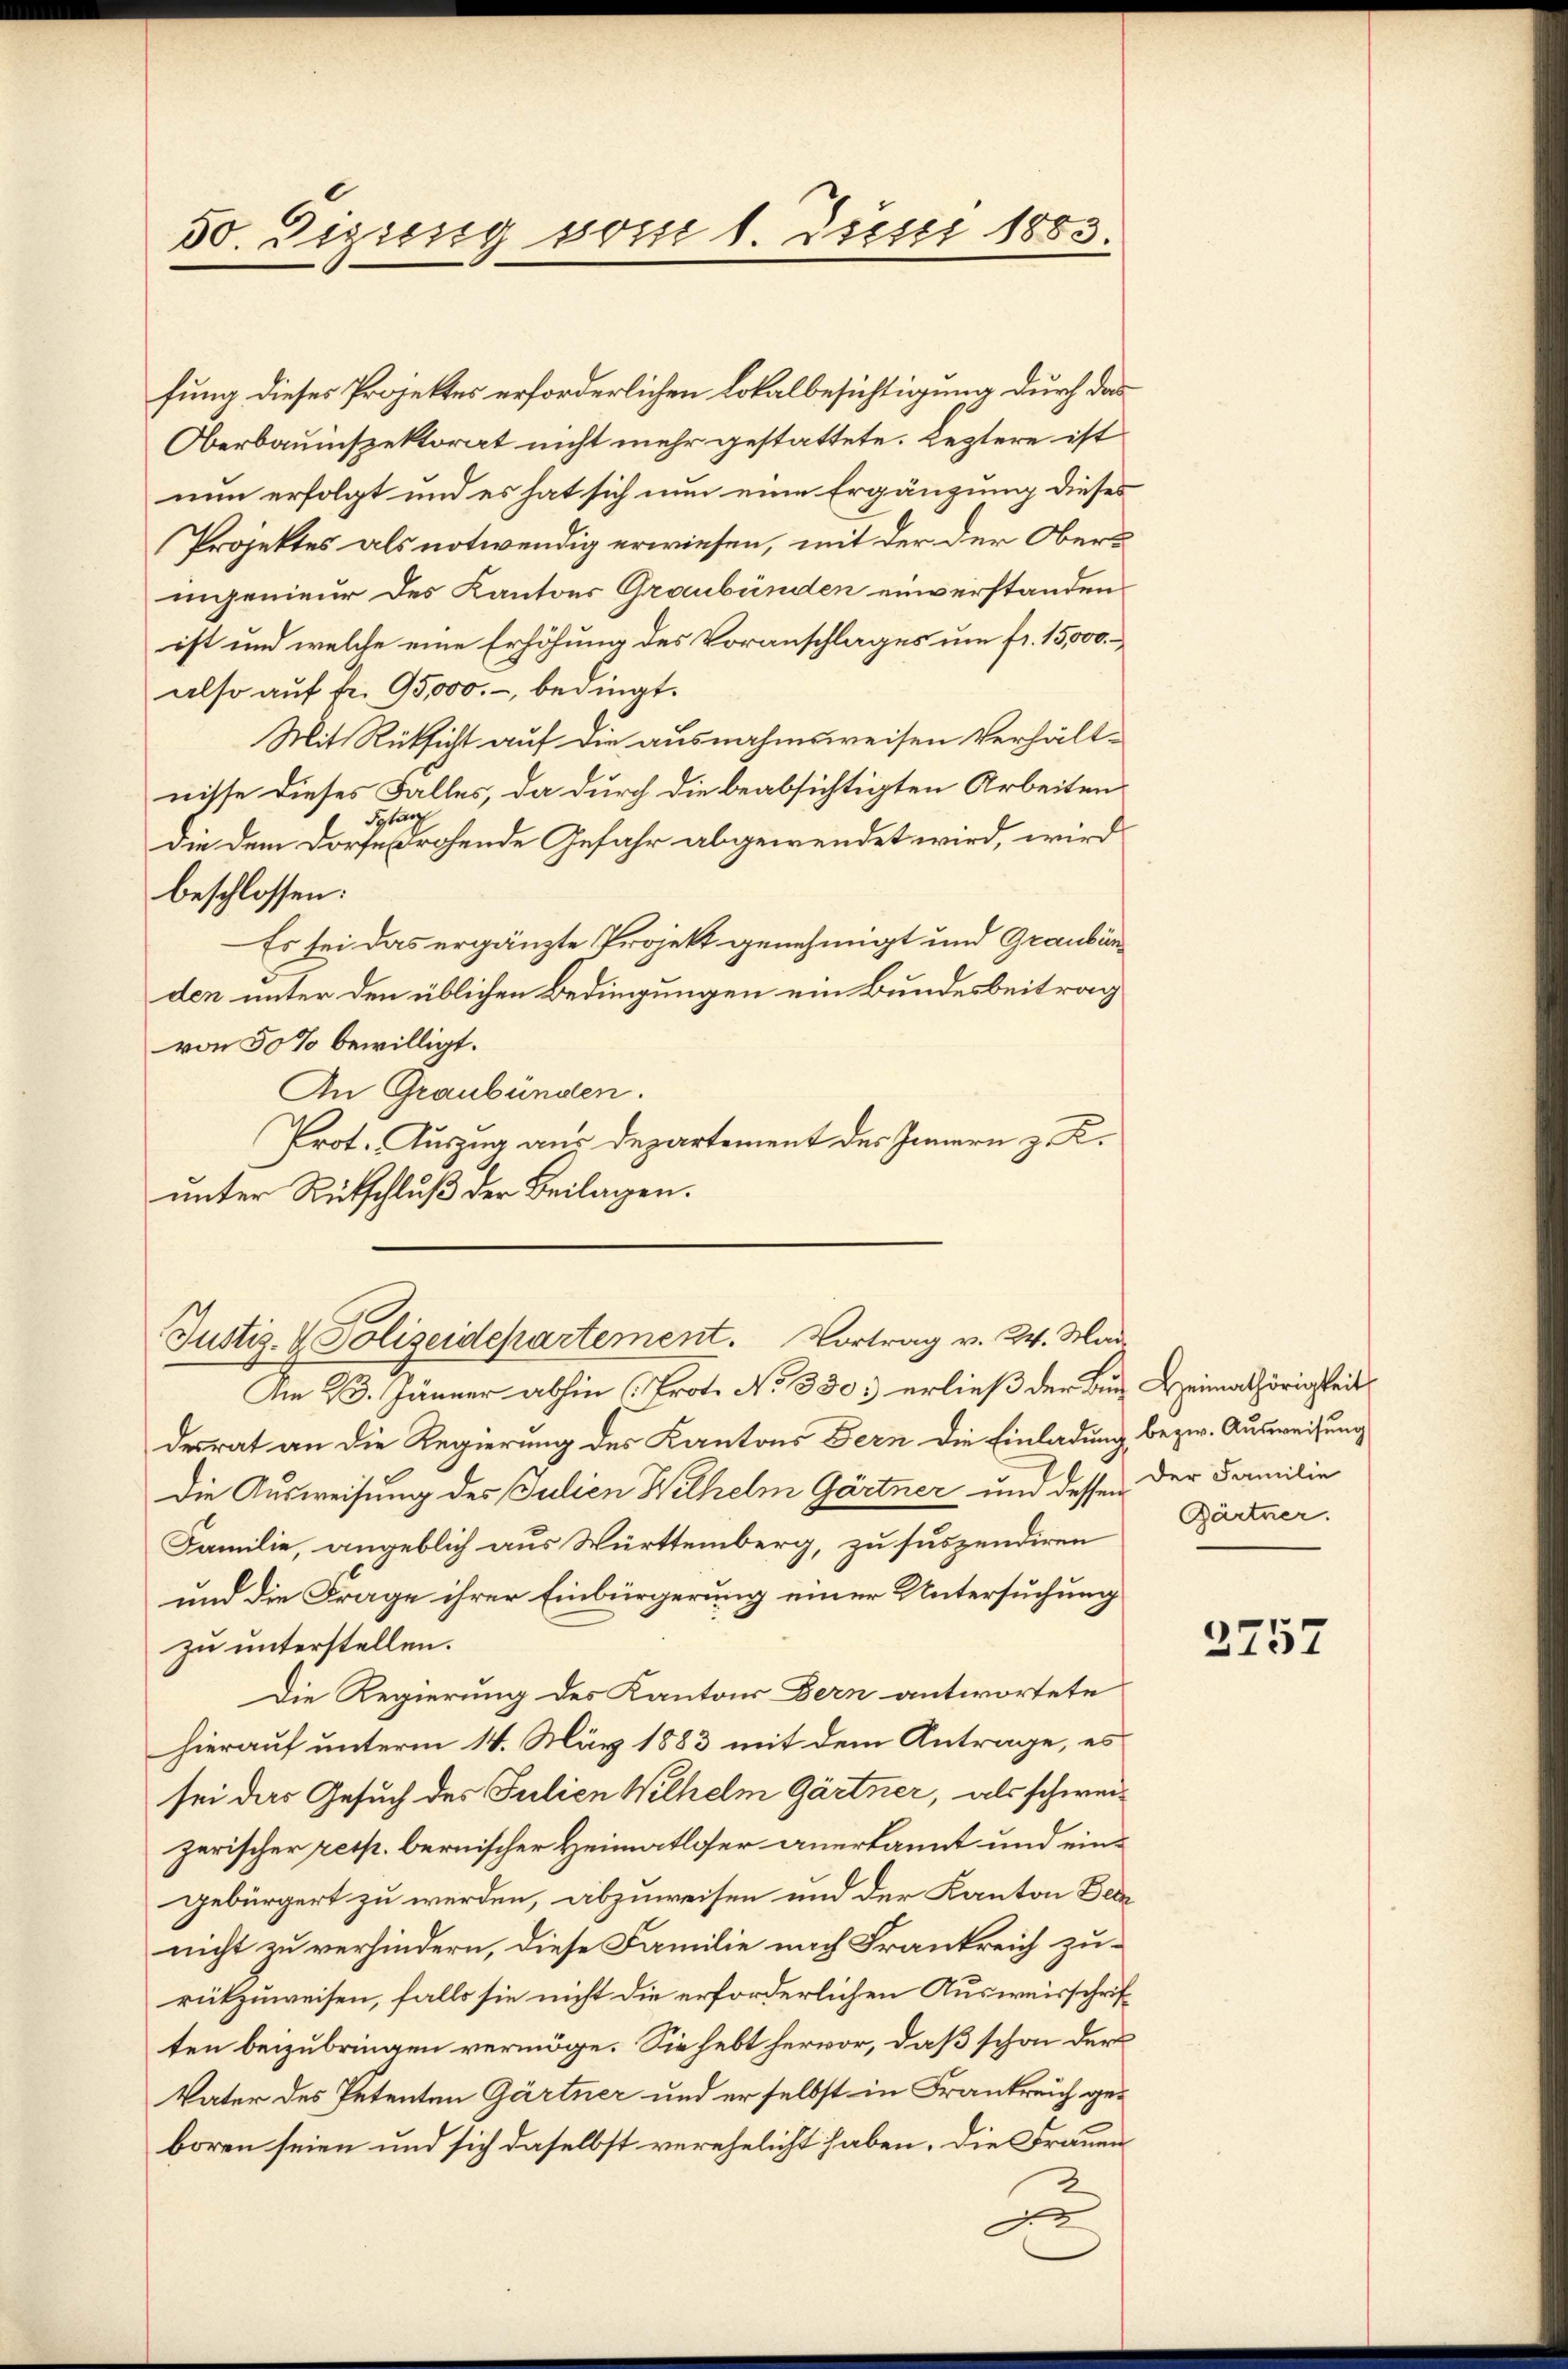
50. Dizienig vom 1. Juni 1883

Justiz- & Polizeidepartement. Vortrag v. 24. Mar

fung dieses Projektes erforderlichen Lokalbesichtigung durch das
Oberbauinspektorat nicht mehr gestattete. Leztere ist
nun erfolgt und es hat sich nun eine Ergänzung dieses
Projektes als notwendig erwiesen, mit der der Oberingenieur des Kantons Graubünden einverstanden
ist und welche eine Erhöhung des Voranschlages um fr. 15,000.
also auf fr. 95,000., bedingt.
Mit Rüksicht auf die ausnahmsweisen Verhältnisse dieses Falles, da durch die beabsichtigten Arbeiten
Stan
die dem Dorfesdrohende Gefahr abgewendet wird, wird
beschlossen:
Es sei das ergänzte Projekt genehmigt und Graubünden unter den üblichen Bedingungen ein Bundesbeitrag
von 50 % bewilligt.
An Graubünden.
Prot. Auszug aus Departement des Innern z. K.
unter Rutschluß der Beilagen.

Gärtner.

Am 23. Jänner abhin (Prot. No 330. erließ der Bur Heimathörigkeit
desrat an die Regierung des Kantons Fern die Einladung bezw. Ausweisung
Die Ausweisung des Julien Wilhelm Gärtner und dessen der Familie
Familie, angeblich aus Württemberg, zu suspendiren
und die Frage ihrer Einbürgerung einer Untersuchung
zu unterstellen.
Die Regierung des Kantons Bern antwortete
hierauf unterm 14. März 1883 mit dem Antrage, es
sei das Gesuch des Julien Wilhelm Gärtner, als schweizerischer resp. bernischer Heimatloser anerkannt und eingebürgert zu werden, abzuweisen und der Kanton Ber
nicht zu verhindern, diese Familie nach Frankreich zurückzuweisen, falls sie nicht die erforderlichen Ausweisschriften beizubringen vermöge. Sie hebt hervor, daß schon der
Vater des Petenten Gärtner und er selbst in Frankreich geboren seien und sich daselbst verehelicht haben. Die Frauen
3
g

2757